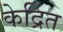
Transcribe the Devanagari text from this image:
केद्रिंत